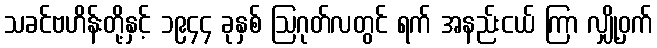
သခင်ဗဟိန်းတို့နှင့် ၁၉၄၄ ခုနှစ် ဩဂုတ်လတွင် ရက် အနည်းငယ် ကြာ လျှို့ဝှက်